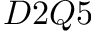
D 2 Q 5